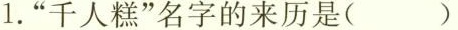
1.”千人糕”名字的来历是()